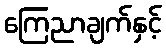
ကြေညာချက်နှင့်